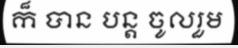
ក៏ បាន បន្ត ចូលរួម